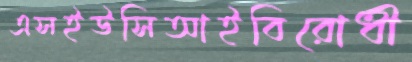
এসইউসিআইবিরোধী